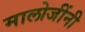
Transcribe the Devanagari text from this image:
मालोजींनी